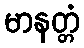
မာနတ္တံ